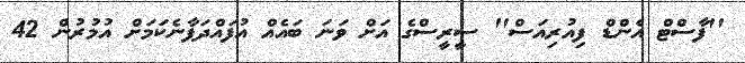
''ފާސްޓް އެންޑް ފިއުރިއަސް'' ސީރީސްގެ އަށް ވަނަ ބައެއް އުފައްދަފާނެކަމަށް އުމުރުން 42